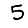
Digit: 5